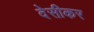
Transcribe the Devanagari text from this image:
देसीकर